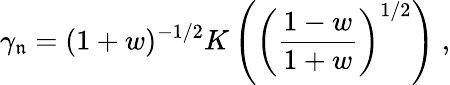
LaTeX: \gamma_{\mathfrak{n}}=(1+w)^{-1/2}K\left(\left(\frac{{1-w}}{{1+w}}\right)^{1/2}\right)\; ,